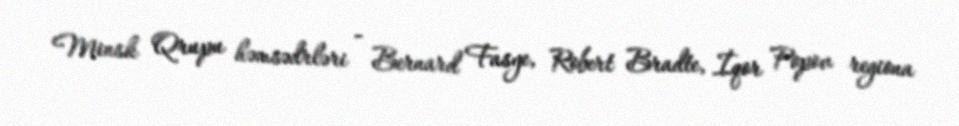
Minsk Qrupu həmsədrləri - Bernard Fasye, Robert Bradte, İqor Popov regiona